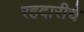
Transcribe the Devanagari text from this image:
रहदारीचे